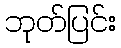
ဘုတ်ပြင်း